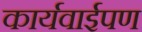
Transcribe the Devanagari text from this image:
कार्यवाईपण